Vital statistics of India. Vol. V, Reports of 1876 on armies & jails and on epidemic cholera
Year: 1876
Disease focus: Cholera
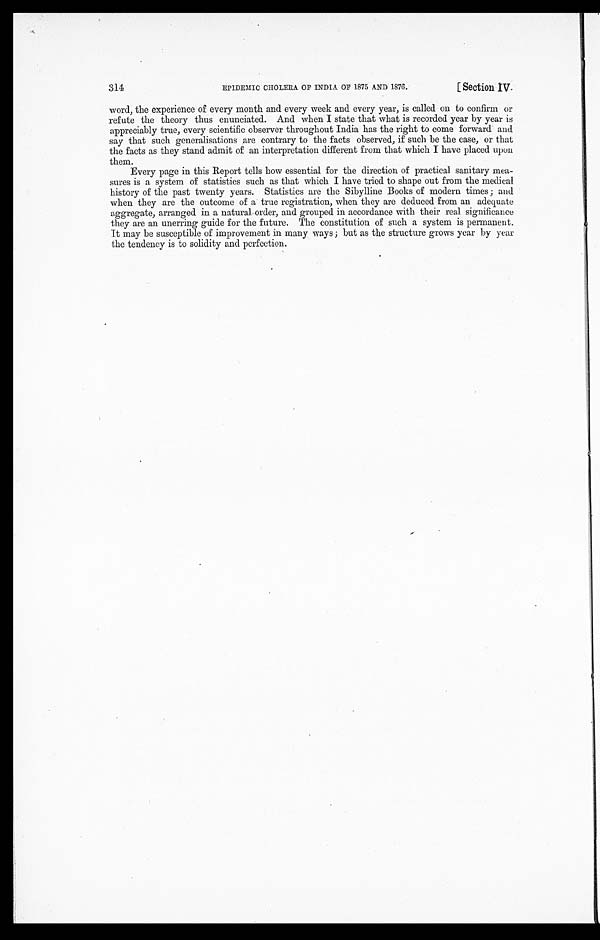
EPIDEMIC CHOLERA OP INDIA OF 1875 AND 1876.
[ Section IV.
314
word, the experience of every month and every week and every year, is called on to confirm or
refute the theory thus enunciated. And when I state that what is recorded year by year is
appreciably true, every scientific observer throughout India has the right to come forward and
say that such generalisations are contrary to the facts observed, if such be the case, or that
the facts as they stand admit of an interpretation different from that which I have placed upon
them.
Every page in this Report tells how essential for the direction of practical sanitary mea
-sures is a system of statistics such as that which I have tried to shape out from the medical
history of the past twenty years. Statistics are the Sibylline Books of modern times; and
w h e n t h e y a r e t h e o u t c o m e o f a t r u e r e g i s t r a t i o n , w h e n t h e y a r e d e d u c e d f r o m a n a d e q u a t e a g g r e a t e , a r r a n g e d i n a n a t u r a l o r d e r , a n d g r o u p e d i n a c c o r d a n c e w i t h t h e i r r e a l s i g n i f i c a n c e t h e y a r e a n u n e r r i n g g u i d e f o r t h e f u t u r e . T h e c o n s t i t u t i o n o f s u c h a s y s t e m i s p e r m a n e n t .
It may be susceptible of improvement in many ways; but as the structure grows year by year
the tendency is to solidity and perfection.